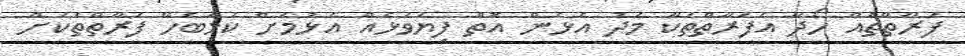
ފަރާތްތައް ހޯދާ އެފަރާތްތަކާ މެދު އެޅެން އޮތް ފިޔަވަޅެއް އެޅުމަށް ކަމާބެހޭ ފަރާތްތަކަށް